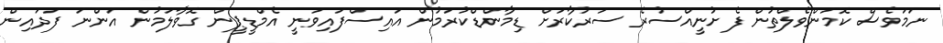
ނަމަވެސް ކޮމަންވެލްތުން ފެށުނީއްސުރެ ސަރުކާރަށް ޑިމާންޑްކުރަމުން އައިސްފައިވަނީ އެމްޑީޕީން ގޮވާލަމުން އަންނަ ފަދައިން